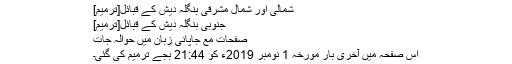
شمالی اور شمال مشرقی بنگلہ دیش کے قبائل[ترمیم]
جنوبی بنگلہ دیش کے قبائل[ترمیم]
صفحات مع جاپانی زبان میں حوالہ جات
اس صفحہ میں آخری بار مورخہ 1 نومبر 2019ء کو 21:44 بجے ترمیم کی گئی۔